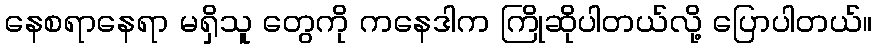
နေစရာနေရာ မရှိသူ တွေကို ကနေဒါက ကြိုဆိုပါတယ်လို့ ပြောပါတယ်။